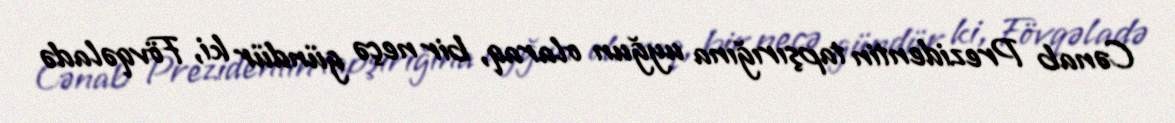
Cənab Prezidentin tapşırığına uyğun olaraq, bir neçə gündür ki, Fövqəladə